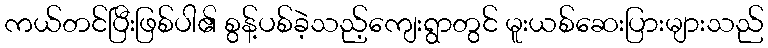
ကယ်တင်ပြီးဖြစ်ပါ၏ စွန့်ပစ်ခဲ့သည့်ကျေးရွာတွင် မူးယစ်ဆေးပြားများသည်